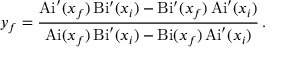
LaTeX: y _ { f } = \frac { \mathrm { A i } ^ { \prime } ( x _ { f } ) \, \mathrm { B i } ^ { \prime } ( x _ { i } ) - \mathrm { B i } ^ { \prime } ( x _ { f } ) \, \mathrm { A i } ^ { \prime } ( x _ { i } ) } { \mathrm { A i } ( x _ { f } ) \, \mathrm { B i } ^ { \prime } ( x _ { i } ) - \mathrm { B i } ( x _ { f } ) \, \mathrm { A i } ^ { \prime } ( x _ { i } ) } \, .